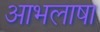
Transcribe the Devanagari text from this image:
आभलाषा